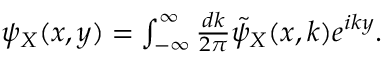
\begin{array} { r } { \psi _ { X } ( x , y ) = \int _ { - \infty } ^ { \infty } \frac { d k } { 2 \pi } \tilde { \psi } _ { X } ( x , k ) e ^ { i k y } . } \end{array}